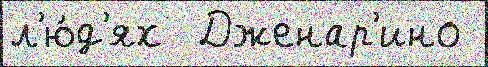
л'ю́д'ях  Дженар'ино